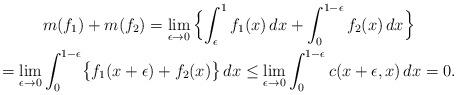
LaTeX: \begin{gather*}m(f_1)+m(f_2)=\lim_{\epsilon\rightarrow 0}\,\Bigl\{\int_\epsilon^1f_1(x)\,dx+\int_0^{1-\epsilon}f_2(x)\,dx\Bigr\}\\=\lim_{\epsilon\rightarrow 0}\int_0^{1-\epsilon}\bigl\{f_1(x+\epsilon)+f_2(x)\bigr\}\,dx\le\lim_{\epsilon\rightarrow 0}\int_0^{1-\epsilon}c(x+\epsilon,x)\,dx=0.\end{gather*}